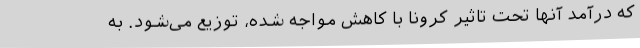
که درآمد آنها تحت تاثیر کرونا با کاهش مواجه شده، توزیع می‌شود. به